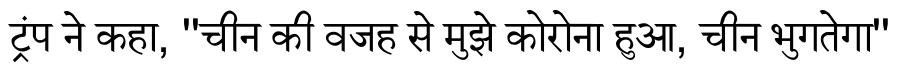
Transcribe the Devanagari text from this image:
ट्रंप ने कहा, ''चीन की वजह से मुझे कोरोना हुआ, चीन भुगतेगा''